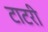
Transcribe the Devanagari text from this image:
टाटरी